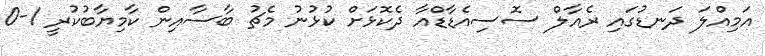
އަމިއްލަ ދަނޑުގައި ރެއާލް ސޮސިއެޑާޑްއާ ދެކޮޅަށް ކުޅުނު މެޗު ބާސާއިން ކާމިޔާބުކުރީ 1-0